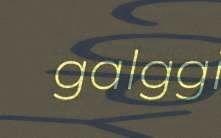
galggi